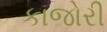
કાજોરી